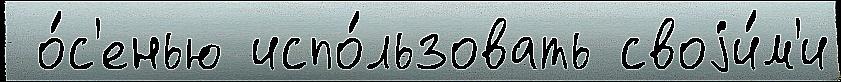
 о́с'енью испо́льзовать своjи́м'и